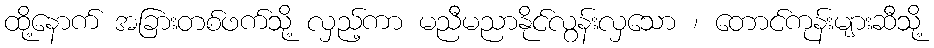
ထို့နောက် အခြားတစ်ဖက်သို့ လှည့်ကာ မညီမညာနိုင်လွန်းလှသော ၊ တောင်ကုန်းများဆီသို့